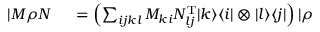
\begin{array} { r l } { | M \rho N \rrangle } & { { } = \left( \sum _ { i j k l } M _ { k i } N _ { l j } ^ { \mathrm { T } } | k \rangle \langle i | \otimes | l \rangle \langle j | \right) | \rho \rrangle } \end{array}